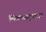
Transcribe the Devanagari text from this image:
मिळणार्‍याया